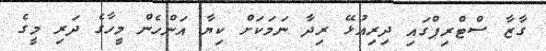
ގާޒާ ސްޓްރިޕްގައި ދިރިއުޅޭ ރިދާ ނަމަކަށް ކިޔާ އަންހެން މީހާގެ ދަރި މީގެ